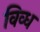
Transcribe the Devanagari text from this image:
विव्ध